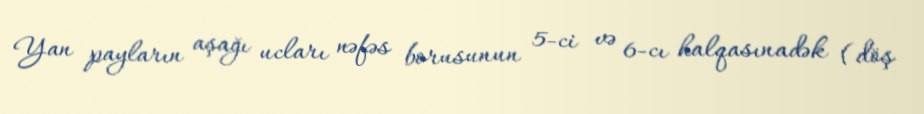
Yan payların aşağı ucları nəfəs borusunun 5-ci və 6-cı halqasınadək (döş